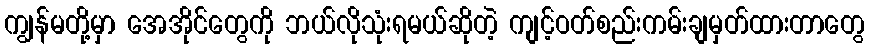
ကျွန်မတို့မှာ အေအိုင်တွေကို ဘယ်လိုသုံးရမယ်ဆိုတဲ့ ကျင့်ဝတ်စည်းကမ်းချမှတ်ထားတာတွေ